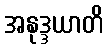
အနုဒ္ဒယာတိ